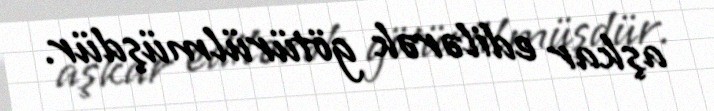
aşkar edilərək götürülmüşdür.